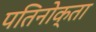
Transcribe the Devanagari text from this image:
पतिनोक्ता